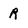
Character: R